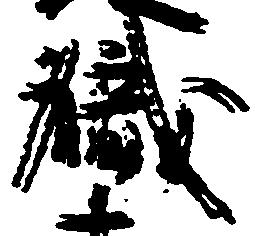
職